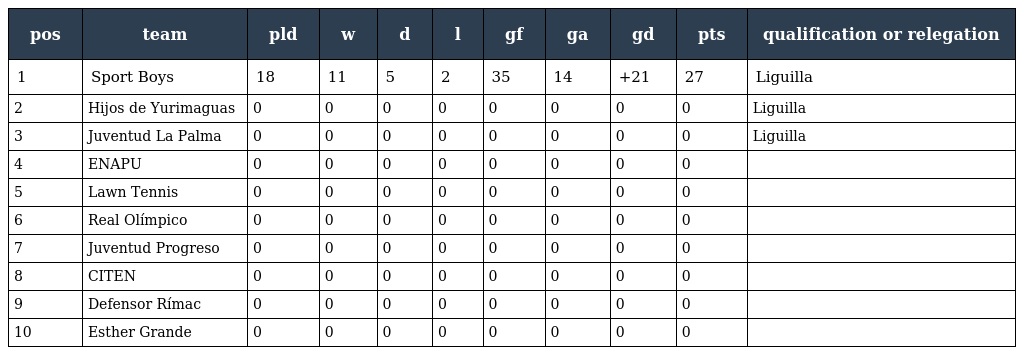
| pos | team | pld | w | d | l | gf | ga | gd | pts | qualification or relegation |
 | --- | --- | --- | --- | --- | --- | --- | --- | --- | --- | --- |
 | 1 | Sport Boys | 18 | 11 | 5 | 2 | 35 | 14 | +21 | 27 | Liguilla |
 | 2 | Hijos de Yurimaguas | 0 | 0 | 0 | 0 | 0 | 0 | 0 | 0 | Liguilla |
 | 3 | Juventud La Palma | 0 | 0 | 0 | 0 | 0 | 0 | 0 | 0 | Liguilla |
 | 4 | ENAPU | 0 | 0 | 0 | 0 | 0 | 0 | 0 | 0 |  |
 | 5 | Lawn Tennis | 0 | 0 | 0 | 0 | 0 | 0 | 0 | 0 |  |
 | 6 | Real Olímpico | 0 | 0 | 0 | 0 | 0 | 0 | 0 | 0 |  |
 | 7 | Juventud Progreso | 0 | 0 | 0 | 0 | 0 | 0 | 0 | 0 |  |
 | 8 | CITEN | 0 | 0 | 0 | 0 | 0 | 0 | 0 | 0 |  |
 | 9 | Defensor Rímac | 0 | 0 | 0 | 0 | 0 | 0 | 0 | 0 |  |
 | 10 | Esther Grande | 0 | 0 | 0 | 0 | 0 | 0 | 0 | 0 |  |